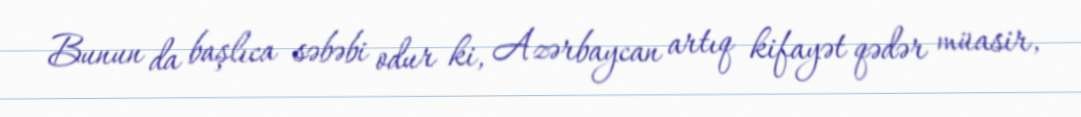
Bunun da başlıca səbəbi odur ki, Azərbaycan artıq kifayət qədər müasir,